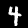
Digit: 4